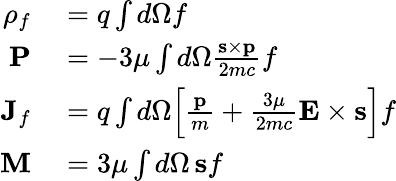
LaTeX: \begin{array}{rl}{\rho_{f}}&{{}=q\int d\Omega f}\\ {\textbf{P}}&{{}=-3\mu\int d\Omega\frac{\textbf{s}\times\textbf{p}}{2mc}f}\\ {\textbf{J}_{f}}&{{}=q\int d\Omega\Big[\frac{\textbf{p}}{m}+\frac{3\mu}{2mc}\mathbf{E}\times\textbf{s}\Big]f}\\ {\textbf{M}}&{{}=3\mu\int d\Omega\, \textbf{s}f}\end{array}